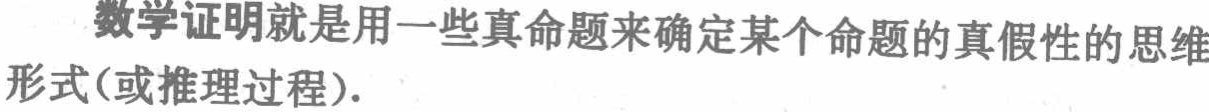
数学证明就是用一些真命题来确定某个命题的真假性的思维形式(或推理过程).